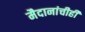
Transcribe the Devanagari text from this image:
मैदानांचीही